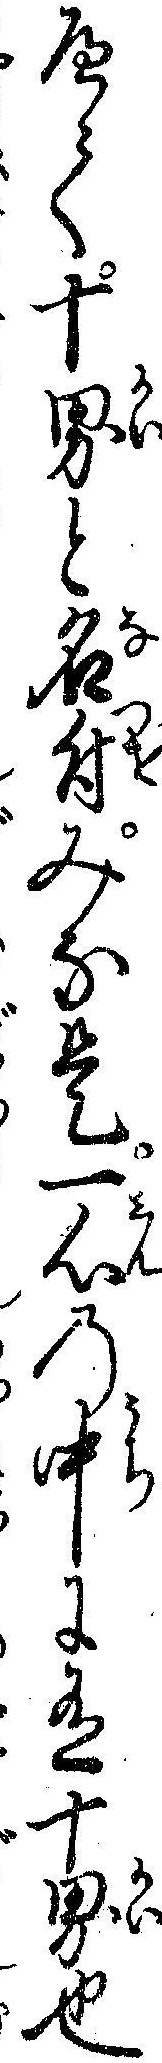
へて十界と名付みな是一心の中に有十界也